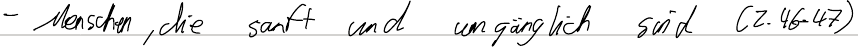
- Menschen, die sanft und umgänglich sind (Z.46-47)